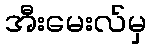
အီးမေးလ်မှ